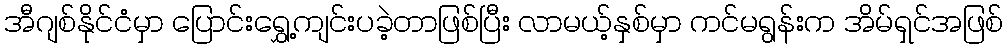
အီဂျစ်နိုင်ငံမှာ ပြောင်းရွှေ့ကျင်းပခဲ့တာဖြစ်ပြီး လာမယ့်နှစ်မှာ ကင်မရွန်းက အိမ်ရှင်အဖြစ်